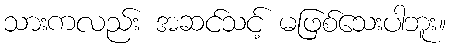
သားကလည်း အဆင်သင့် မဖြစ်သေးပါဘူး။